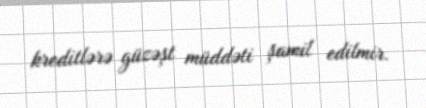
kreditlərə güzəşt müddəti şamil edilmir.